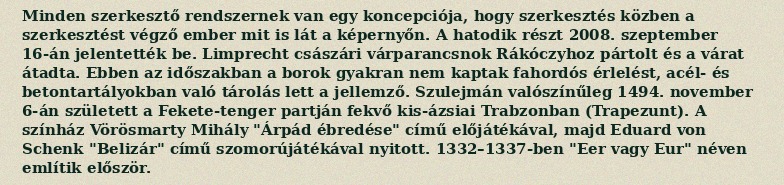
Minden szerkesztő rendszernek van egy koncepciója, hogy szerkesztés közben a szerkesztést végző ember mit is lát a képernyőn. A hatodik részt 2008. szeptember 16-án jelentették be. Limprecht császári várparancsnok Rákóczyhoz pártolt és a várat átadta. Ebben az időszakban a borok gyakran nem kaptak fahordós érlelést, acél- és betontartályokban való tárolás lett a jellemző. Szulejmán valószínűleg 1494. november 6-án született a Fekete-tenger partján fekvő kis-ázsiai Trabzonban (Trapezunt). A színház Vörösmarty Mihály "Árpád ébredése" című előjátékával, majd Eduard von Schenk "Belizár" című szomorújátékával nyitott. 1332–1337-ben "Eer vagy Eur" néven említik először.